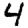
Digit: 4